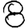
Digit: 8